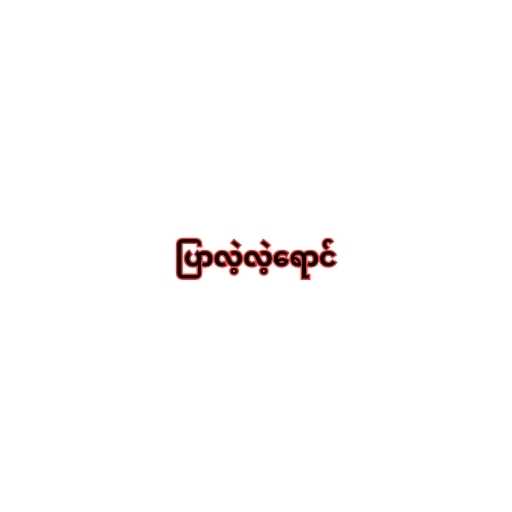
ပြာလဲ့လဲ့ရောင်